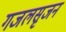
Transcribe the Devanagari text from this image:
गजलसृजन